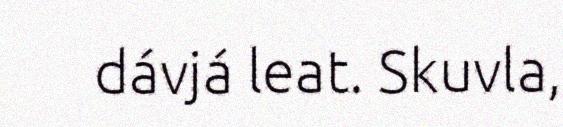
dávjá leat. Skuvla,